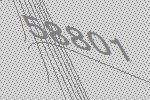
58801